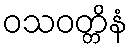
ဝသဝတ္တိနံ